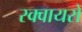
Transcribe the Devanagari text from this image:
स्क्वायरों